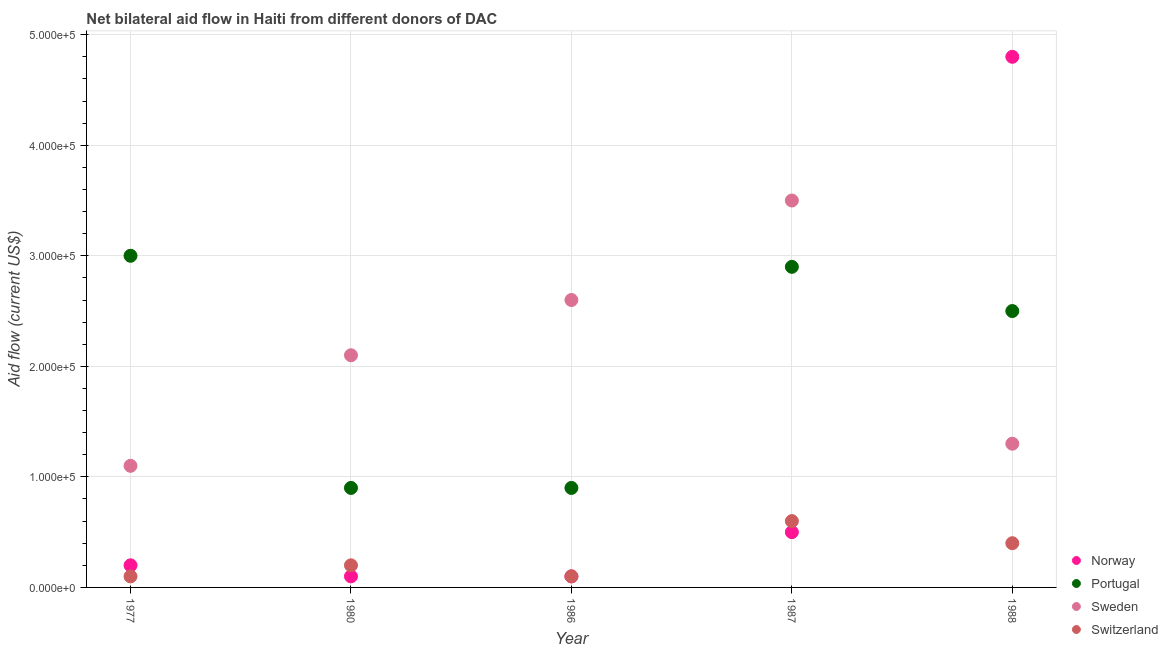
| Year | Norway | Portugal | Sweden | Switzerland |
 | --- | --- | --- | --- | --- |
 | 1977 | 2e+04 | 3e+05 | 1.1e+05 | 1e+04 |
 | 1980 | 1e+04 | 9e+04 | 2.1e+05 | 2e+04 |
 | 1986 | 1e+04 | 9e+04 | 2.6e+05 | 1e+04 |
 | 1987 | 5e+04 | 2.9e+05 | 3.5e+05 | 6e+04 |
 | 1988 | 4.8e+05 | 2.5e+05 | 1.3e+05 | 4e+04 |